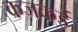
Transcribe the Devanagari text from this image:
कजकई